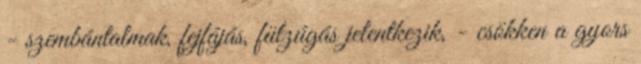
- szembántalmak, fejfájás, fülzúgás jelentkezik, - csökken a gyors